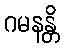
ဂမနန္တိ